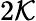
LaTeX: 2\mathcal{K}